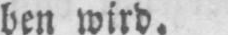
ben wird.